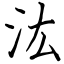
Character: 汯